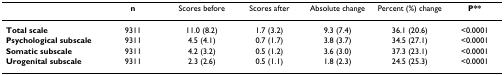
<table><thead><tr><td></td><td><b>n</b></td><td><b>Scores before</b></td><td><b>Scores after</b></td><td><b>Absolute change</b></td><td><b>Percent (%) change</b></td><td><b>P**</b></td></tr></thead><tbody><tr><td><b>Total scale</b></td><td>9311</td><td>11.0 (8.2)</td><td>1.7 (3.2)</td><td>9.3 (7.4)</td><td>36.1 (20.6)</td><td>&lt;0.0001</td></tr><tr><td><b>Psychological subscale</b></td><td>9311</td><td>4.5 (4.1)</td><td>0.7 (1.7)</td><td>3.8 (3.7)</td><td>34.5 (27.1)</td><td>&lt;0.0001</td></tr><tr><td><b>Somatic subscale</b></td><td>9311</td><td>4.2 (3.2)</td><td>0.5 (1.2)</td><td>3.6 (3.0)</td><td>37.3 (23.1)</td><td>&lt;0.0001</td></tr><tr><td><b>Urogenital subscale</b></td><td>9311</td><td>2.3 (2.6)</td><td>0.5 (1.1)</td><td>1.8 (2.3)</td><td>24.5 (25.3)</td><td>&lt;0.0001</td></tr></tbody></table>